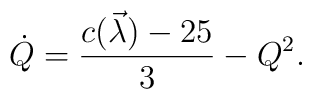
\dot Q = {{c(\vec\lambda)-25}\over3} - Q^2.